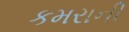
કમરાની